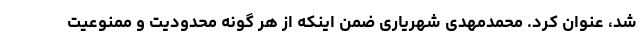
شد، عنوان کرد. محمدمهدی شهریاری ضمن اینکه از هر گونه محدودیت و ممنوعیت